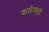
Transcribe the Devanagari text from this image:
कलेक्सी